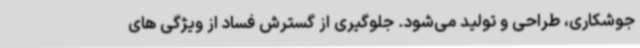
جوشکاری، طراحی و تولید می‌شود. جلوگیری از گسترش فساد از ویژگی های